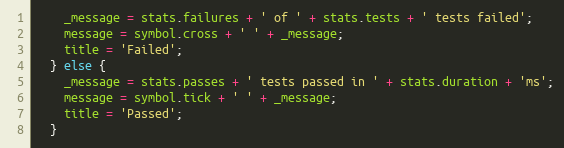
Language: JavaScript
    _message = stats.failures + ' of ' + stats.tests + ' tests failed';
    message = symbol.cross + ' ' + _message;
    title = 'Failed';
  } else {
    _message = stats.passes + ' tests passed in ' + stats.duration + 'ms';
    message = symbol.tick + ' ' + _message;
    title = 'Passed';
  }